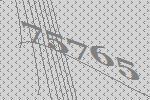
75765